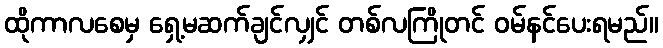
ထိုကာလစေမှ ရှေ့မဆက်ချင်လျှင် တစ်လကြိုတင် ဝမ်နင်ပေးရမည်။